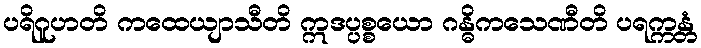
ပရိဂူဟတိ ကထေယျာသီတိ ဣဒပ္ပစ္စယော ဂန္ဓိကသေဏီတိ ပရက္ကန္တံ